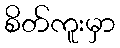
စိတ်ကူးမှာ